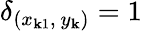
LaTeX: \delta_{(x_{\mathbf{k}1},~y_{\mathbf{k}})}=1